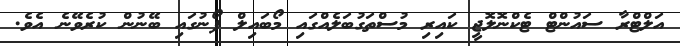
އަލްޓްރާ ސައުންޓް ޓެކްނޮލޮޖީ ކައިރި މުސްތަގުބަލެއްގައި މޯބައިލް ފޯނުގައި ބޭނުން ކުރެވޭނެ އެވެ.